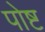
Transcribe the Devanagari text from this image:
पोष्ट